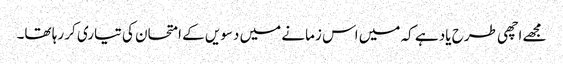
مجھے اچھی طرح یاد ہے کہ میں اس زمانے میں دسویں کے امتحان کی تیاری کر رہا تھا۔